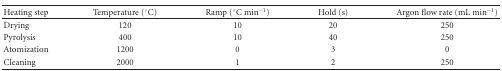
| Heating step | Temperature (°C) | Ramp (°C min−1) | Hold (s) | Argon flow rate (mL min−1) |
 | --- | --- | --- | --- | --- |
 | Drying | 120 | 10 | 20 | 250 |
 | Pyrolysis | 400 | 10 | 40 | 250 |
 | Atomization | 1200 | 0 | 3 | 0 |
 | Cleaning | 2000 | 1 | 2 | 250 |